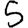
Digit: 5